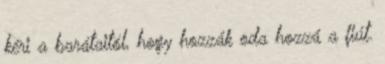
kéri a barátaitól, hogy hozzák oda hozzá a fiút.